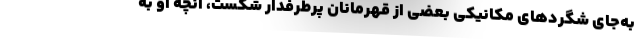
به‌جای شگردهای مکانیکیِ بعضی از قهرمانانِ پرطرفدار شکست، آنچه او به